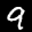
Label: 9